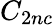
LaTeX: C_{2nc}